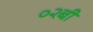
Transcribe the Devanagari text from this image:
०२बी